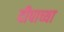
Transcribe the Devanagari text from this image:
दीपाच्या